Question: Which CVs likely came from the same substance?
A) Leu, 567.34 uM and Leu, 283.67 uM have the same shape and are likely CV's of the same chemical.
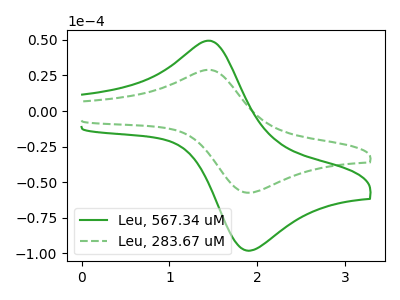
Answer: <think>The green curve "Leu, 567.34 uM" has an anodic peak at (1.45V, 49.40uA) and a cathodic peak at (1.85V, -97.75uA). The green dashed curve "Leu, 283.67 uM" has an anodic peak at (1.45V, 28.90uA) and a cathodic peak at (1.85V, -57.20uA).
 All the peaks in "Leu, 567.34 uM" have a peak in "Leu, 283.67 uM" at the same potential. Every peak in "Leu, 567.34 uM" is higher than every peak in "Leu, 283.67 uM".</think>
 <answer>A) "Leu, 567.34 uM" and "Leu, 283.67 uM" have the same shape and are likely CV's of the same chemical.</answer>
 <eval>A</eval>